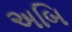
અબિ